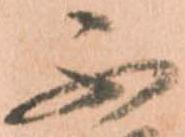
不